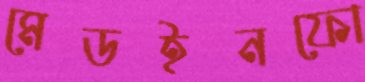
মেডইনফো